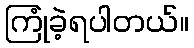
ကြုံခဲ့ရပါတယ်။